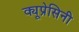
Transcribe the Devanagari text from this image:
क्यूप्रेसिनी